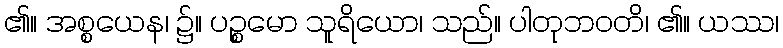
၏။ အစ္စယေန၊ ၌။ ပဉ္စမော သူရိယော၊ သည်။ ပါတုဘဝတိ၊ ၏။ ယဿ၊